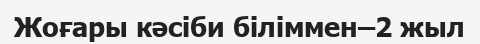
Жоғары кәсіби біліммен–2 жыл